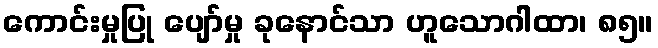
ကောင်းမှုပြု ပျော်မှု ခုနောင်သာ ဟူသောဂါထာ၊ ၈၅။